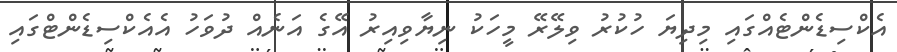
އެކްސިޑެންޓެއްގައި މިދިޔަ ހުކުރު ވިލޭރޭ މީހަކު ނިޔާވިއިރު އޭގެ އަނެއް ދުވަހު އެއެކްސިޑެންޓްގައި